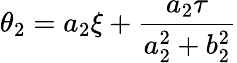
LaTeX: \theta_{2}=a_{2}\xi+\frac{a_{2}\tau}{a_{2}^{2}+b_{2}^{2}}